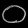
Digit: ၀